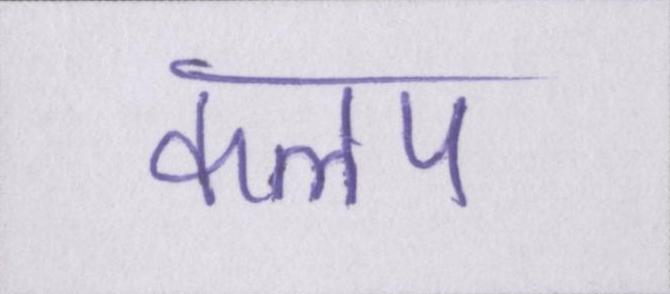
कलप